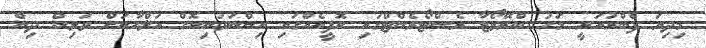
މިދިޔަ ފެބްރުއަރީ މަހު ބްރޭވޯޓާ ރެސްޓޯރެންޓްގައި ކޮފީއެއްގައި އިންނަވަނިކޮށް އަލްހާނަށް ވަޅިން ދިން